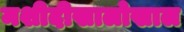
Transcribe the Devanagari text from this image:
मशीदीखालोखाल